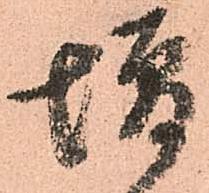
増